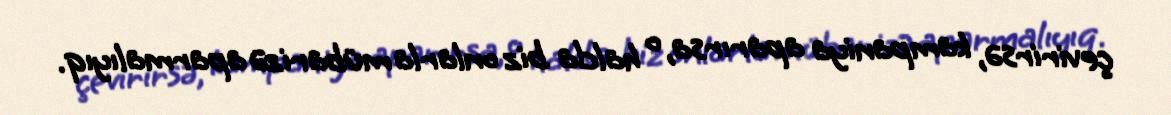
çevirirsə, kampaniya aparırsa, o halda biz onlarla mübarizə aparmalıyıq.